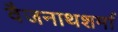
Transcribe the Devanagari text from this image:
वैजनाथशर्मा